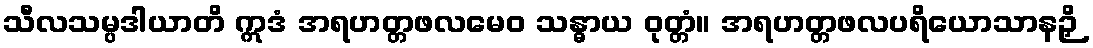
သီလသမ္ပဒါယာတိ ဣဒံ အရဟတ္တဖလမေဝ သန္ဓာယ ဝုတ္တံ။ အရဟတ္တဖလပရိယောသာနဉှိ